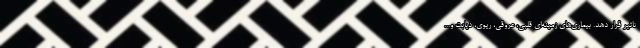
تاثیر قرار دهد. بیماری‌های زمینه‌ای قلبی، عروقی، ریوی، دیابت و...